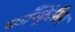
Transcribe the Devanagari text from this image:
कॉंन्फ्रेंसिग